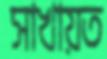
সাখায়ত